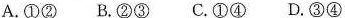
A.①②B.②③C.①④D.③④